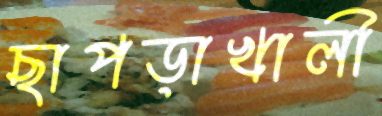
ছাপড়াখালী